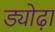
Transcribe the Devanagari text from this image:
ड्योढ़ा